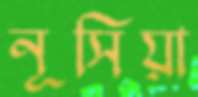
নূসিয়া